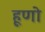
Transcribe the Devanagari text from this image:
हूणो